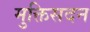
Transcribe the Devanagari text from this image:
मुक्तिसदन